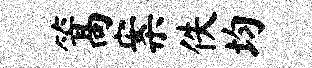
篙案佚均